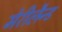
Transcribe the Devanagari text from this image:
मेरीलैन्ड